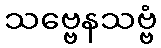
သဗ္ဗေနသဗ္ဗံ